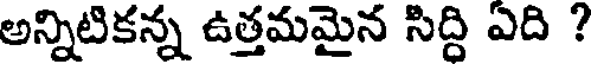
అన్నిటికన్న ఉత్తమమైన సిద్ది ఎది ?